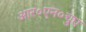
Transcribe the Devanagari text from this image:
आर०एन०चुघ